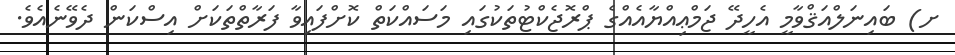
ށ) ބައިނަލްއަޤްވާމީ އެހީދޭ ޖަމްޢިއްޔާއެއްގެ ޕްރޮޖެކްޓުތަކުގައި މަސައްކަތް ކޮށްފައިވާ ފަރާތްތަކަށް އިސްކަން ދެވޭނެއެވެ.